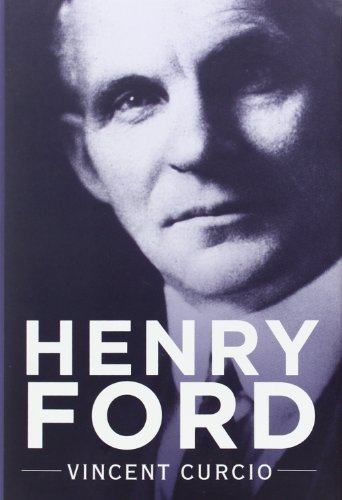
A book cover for Henry Ford (Lives and Legacies Series); Vincent Curcio; Business & Money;